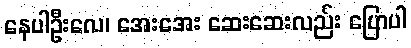
နေပါဦးလေ၊ အေးအေး ဆေးဆေးလည်း ပြောပါ